Rangoon Lunatic Asylum 1893-1897 - 1893-1897
Year: 1893
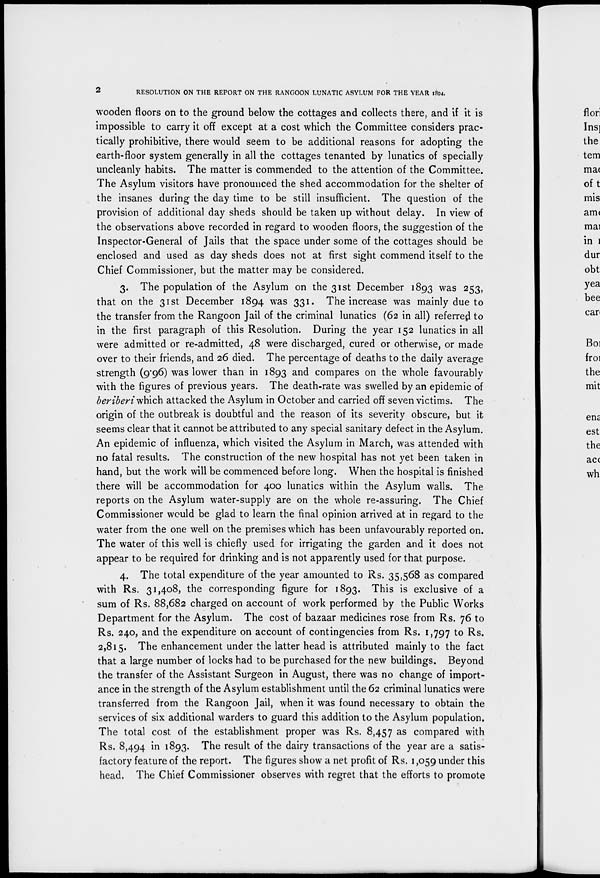
2
RESOLUTION ON THE REPORT ON THE RANGOON LUNATIC ASYLUM FOR THE YEAR 1894.
wooden floors on to the ground below the cottages and collects there, and if it is
impossible to carry it off except at a cost which the Committee considers prac-
tically prohibitive, there would seem to be additional reasons for adopting the
earth-floor system generally in all the cottages tenanted by lunatics of specially
uncleanly habits. The matter is commended to the attention of the Committee.
The Asylum visitors have pronounced the shed accommodation for the shelter of
the insanes during the day time to be still insufficient. The question of the
provision of additional day sheds should be taken up without delay. In view of
the observations above recorded in regard to wooden floors, the suggestion of the
Inspector-General of Jails that the space under some of the cottages should be
enclosed and used as day sheds does not at first sight commend itself to the
Chief Commissioner, but the matter may be considered.
3. The population of the Asylum on the 31st December 1893 was 253,
that on the 31st December 1894 was 331. The increase was mainly due to
the transfer from the Rangoon Jail of the criminal lunatics (62 in all) referred to
in the first paragraph of this Resolution. During the year 152 lunatics in all
were admitted or re-admitted, 48 were discharged, cured or otherwise, or made
over to their friends, and 26 died. The percentage of deaths to the daily average
strength (9.96) was lower than in 1893 and compares on the whole favourably
with the figures of previous years. The death-rate was swelled by an epidemic of
beriberi which attacked the Asylum in October and carried off seven victims. The
origin of the outbreak is doubtful and the reason of its severity obscure, but it
seems clear that it cannot be attributed to any special sanitary defect in the Asylum.
An epidemic of influenza, which visited the Asylum in March, was attended with
no fatal results. The construction of the new hospital has not yet been taken in
hand, but the work will be commenced before long. When the hospital is finished
there will be accommodation for 400 lunatics within the Asylum walls. The
reports on the Asylum water-supply are on the whole re-assuring. The Chief
Commissioner would be glad to learn the final opinion arrived at in regard to the
water from the one well on the premises which has been unfavourably reported on.
The water of this well is chiefly used for irrigating the garden and it does not
appear to be required for drinking and is not apparently used for that purpose.
4. The total expenditure of the year amounted to Rs. 35,568 as compared
with Rs. 31,408, the corresponding figure for 1893. This is exclusive of a
sum of Rs. 88,682 charged on account of work performed by the Public Works
Department for the Asylum. The cost of bazaar medicines rose from Rs. 76 to
Rs. 240, and the expenditure on account of contingencies from Rs. 1,797 to Rs.
2,815. The enhancement under the latter head is attributed mainly to the fact
that a large number of locks had to be purchased for the new buildings. Beyond
the transfer of the Assistant Surgeon in August, there was no change of import-
ance in the strength of the Asylum establishment until the 62 criminal lunatics were
transferred from the Rangoon Jail, when it was found necessary to obtain the
services of six additional warders to guard this addition to the Asylum population.
The total cost of the establishment proper was Rs. 8,457 as compared with
Rs. 8,494 in 1893. The result of the dairy transactions of the year are a satis-
factory feature of the report. The figures show a net profit of Rs. 1,059 under this
head. The Chief Commissioner observes with regret that the efforts to promote